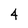
Character: 4